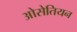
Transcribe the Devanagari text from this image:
ओसेतियन